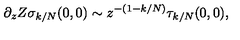
\partial _ { z } Z \sigma _ { k / N } ( 0 , 0 ) \sim z ^ { - ( 1 - k / N ) } \tau _ { k / N } ( 0 , 0 ) ,